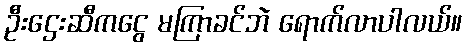
ဦးဌေးဆီကငွေ မကြာခင်ဘဲ ရောက်လာပါလယ်။